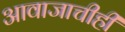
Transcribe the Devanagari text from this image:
आवाजाचीही